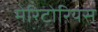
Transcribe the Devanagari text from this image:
मेरिटोरियस